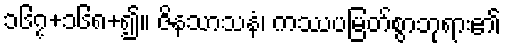
၁၆၇+၁၆၈+၍။ ဇိနသာသနံ၊ ကဿပမြတ်စွာဘုရား၏